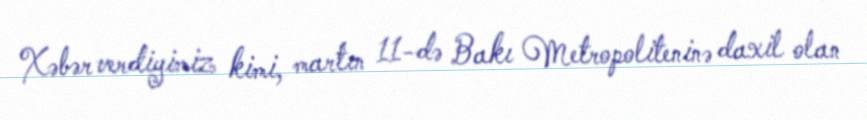
Xəbər verdiyimiz kimi, martın 11-də Bakı Metropoliteninə daxil olan